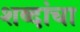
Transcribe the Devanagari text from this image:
शब्‍दांचा